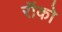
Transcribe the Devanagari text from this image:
रॉको